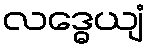
လဒ္ဓေယျံ